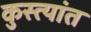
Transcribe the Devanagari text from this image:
कुस्त्यांत